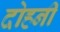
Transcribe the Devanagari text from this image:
दोहनी